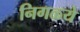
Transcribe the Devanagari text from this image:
निगळ्ये